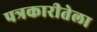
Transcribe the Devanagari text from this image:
पत्रकारीतेला